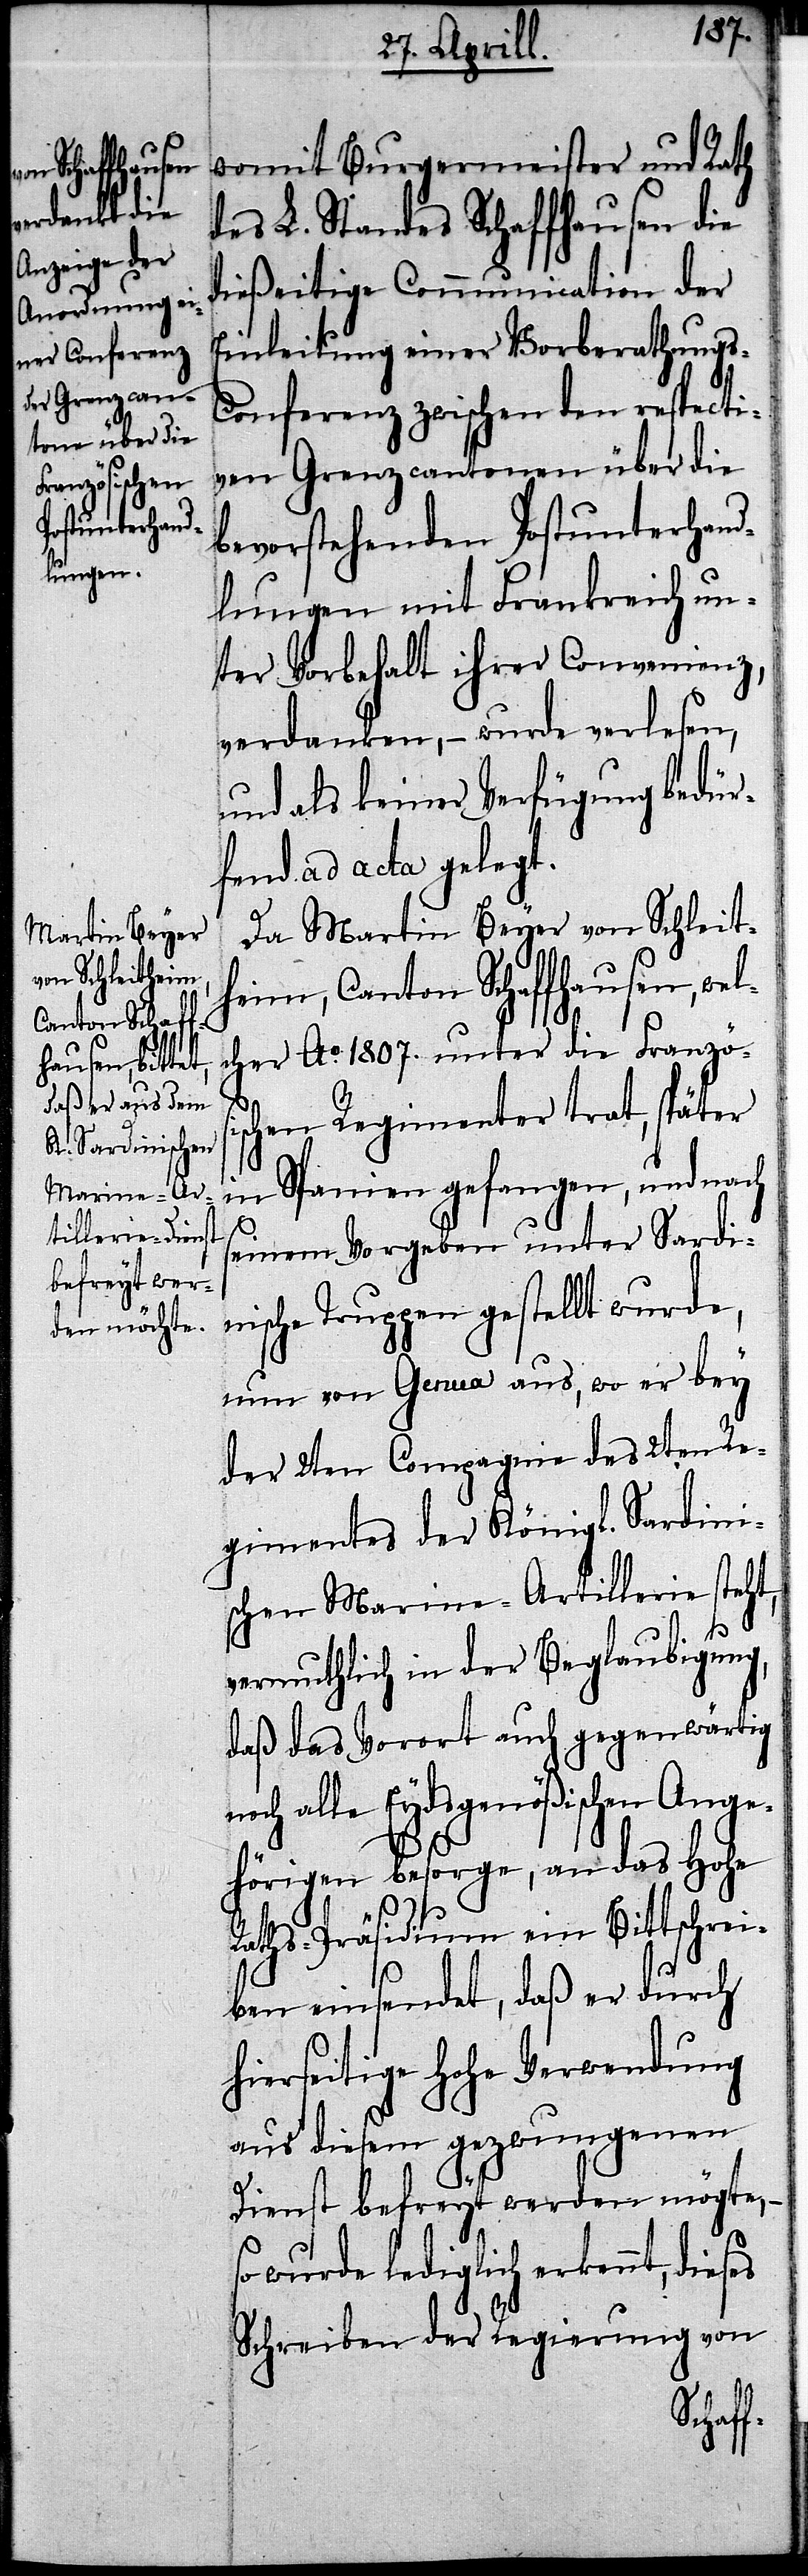
womit Burgermeister und Rath
des L. Standes Schaffhausen die
dießeitige Communication der
Einleitung einer Vorberathung¬
s-Conferenz zwischen den respecti¬
ven Grenzcantonen über die
bevorstehenden Postunterhand¬
lungen mit Frankreich un¬
ter Vorbehalt ihrer Convenienz,
verdanken,– wurde verlesen
und als keiner Verfügung bedür¬
fend ad acta gelegt.
Da Martin Beyer von Schleit¬
heim, Canton Schaffhausen, wel¬
cher Ao.1807. unter die Französi¬
schen Regimenter trat, später
in Spanien gefangen, und nach
ses
seinem Vorgeben unter Sardi¬
nische Truppen gestellt wurde,
nun von Genua aus, wo er bey
der 2ten Compagnie des 2ten Re¬
gimentes der Königl. Sardini¬
schen Marine-Artillerie steht,
vermuthlich in der Beglaubigung,
daß das Vorort auch gegenwärtig
alle Eydsgenößischen Ange¬
hörigen besorge, an das Hohe
Raths-Präsidium ein Bittschrei¬
ben einsendet, daß er durch
hierseitige Hohe Verwendung
aus diesem gezwungenen
Dienst befreyt werden mögte,–
so wurde lediglich erkennt, die¬
Schreiben der Regierung von